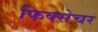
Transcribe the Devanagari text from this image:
फिक्सेचर